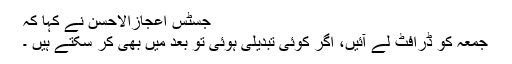
جسٹس اعجازالاحسن نے کہا کہ
جمعہ کو ڈرافٹ لے آئیں، اگر کوئی تبدیلی ہوئی تو بعد میں بھی کر سکتے ہیں ۔